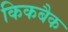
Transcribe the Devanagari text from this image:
किकबैक